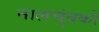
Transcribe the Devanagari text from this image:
नालचुंबकों